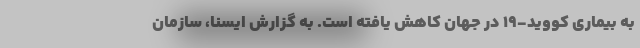
به بیماری کووید-19 در جهان کاهش یافته است. به گزارش ایسنا، سازمان